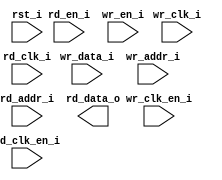
/*******************************************************************************
    Verilog netlist generated by IPGEN Lattice Radiant Software (64-bit)
    2.1.0.27.2
    Soft IP Version: 1.1.1
    Sat Aug 22 20:49:34 2020
*******************************************************************************/
/*******************************************************************************
    Wrapper Module generated per user settings.
*******************************************************************************/
module out_line_ram_dp (wr_clk_i, rd_clk_i, rst_i, wr_clk_en_i, rd_en_i,
    rd_clk_en_i, wr_en_i, wr_data_i, wr_addr_i, rd_addr_i, rd_data_o)/* synthesis syn_black_box syn_declare_black_box=1 */;
    input  wr_clk_i;
    input  rd_clk_i;
    input  rst_i;
    input  wr_clk_en_i;
    input  rd_en_i;
    input  rd_clk_en_i;
    input  wr_en_i;
    input  [63:0]  wr_data_i;
    input  [9:0]  wr_addr_i;
    input  [10:0]  rd_addr_i;
    output  [31:0]  rd_data_o;
endmodule